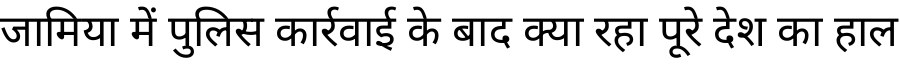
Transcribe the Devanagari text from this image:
जामिया में पुलिस कार्रवाई के बाद क्या रहा पूरे देश का हाल